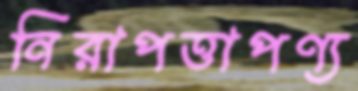
নিরাপত্তাপণ্য